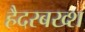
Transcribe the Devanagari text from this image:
हैदरबख्श